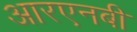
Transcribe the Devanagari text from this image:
आरएनबी